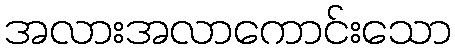
အလားအလာကောင်းသော